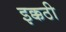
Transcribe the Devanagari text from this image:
इक्कठी